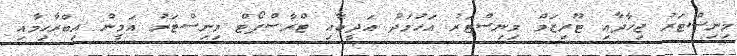
މިނިސްޓަރު ޖިހާދާއި ޓޫރިޒަމް މިނިސްޓަރު އަހުމަދު އަދީބާއި ޓްރާސްޕޯޓް މިނިސްޓަރު އަމީން އިބްރާހިމާއި